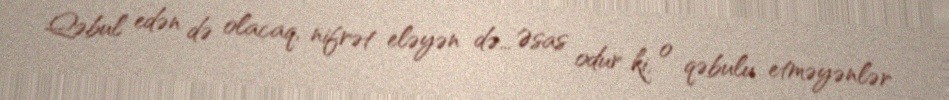
Qəbul edən də olacaq, nifrət eləyən də… Əsas odur ki, o qəbulu etməyənlər